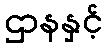
ဌာနနှင့်